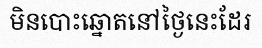
មិនបោះឆ្នោតនៅថ្ងៃនេះដែរ